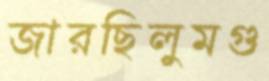
জারছিলুমগু